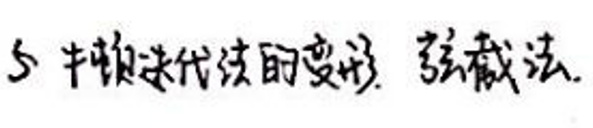
5. 牛顿迭代法的变形. 弦截法.